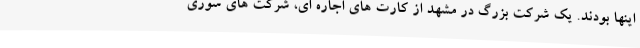
اینها بودند. یک شرکت بزرگ در مشهد از کارت های اجاره ای، شرکت های سوری